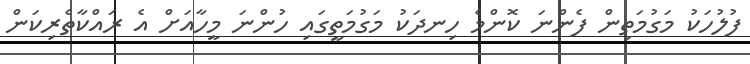
ފުލުހަކު މަގުމަތިން ފެންނަ ކޮންމެ ހިނދަކު މަގުމަތީގައި ހުންނަ މީހާއަށް އެ ރައްކާތެރިކަން